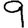
Digit: 9